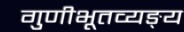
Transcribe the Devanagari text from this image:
गुणीभूतव्यङ्य